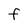
Character: F